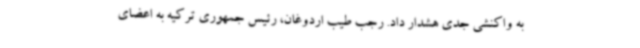
به واکنشی جدی هشدار داد. رجب طیب اردوغان، رئیس جمهوری ترکیه به اعضای